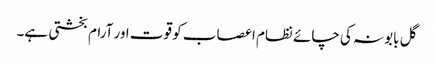
گل بابونہ کی چائے نظام اعصاب کو قوت اور آرام بخشتی ہے۔